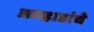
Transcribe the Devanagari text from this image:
आव्हाडांचे